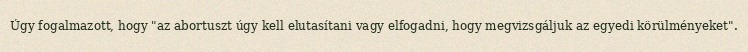
Úgy fogalmazott, hogy "az abortuszt úgy kell elutasítani vagy elfogadni, hogy megvizsgáljuk az egyedi körülményeket".